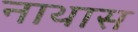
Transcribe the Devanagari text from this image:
नाथास